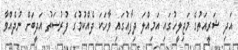
އަދި ޝަރީއަތުގެ މަޖިލީހުގައި އަމިއްލަ ދިފާއުގައި ވާހަކަ ދެއްކުމުގެ ފުރުސަތު އަދީބަށް ނުދެއްވާ